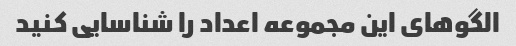
الگوهای این مجموعه اعداد را شناسایی کنید